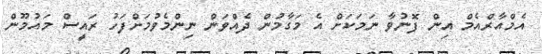
އެމްއާރްއެމް އިން ފޮނުވާ ނަމަކަށް އެ މަގާމުން ދެއްވަން ނިންމެވުމަށްފަހު ރައީސް މައުމޫން